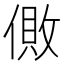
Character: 𰂪